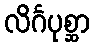
လိင်္ဂပုစ္ဆာ